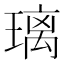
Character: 璃